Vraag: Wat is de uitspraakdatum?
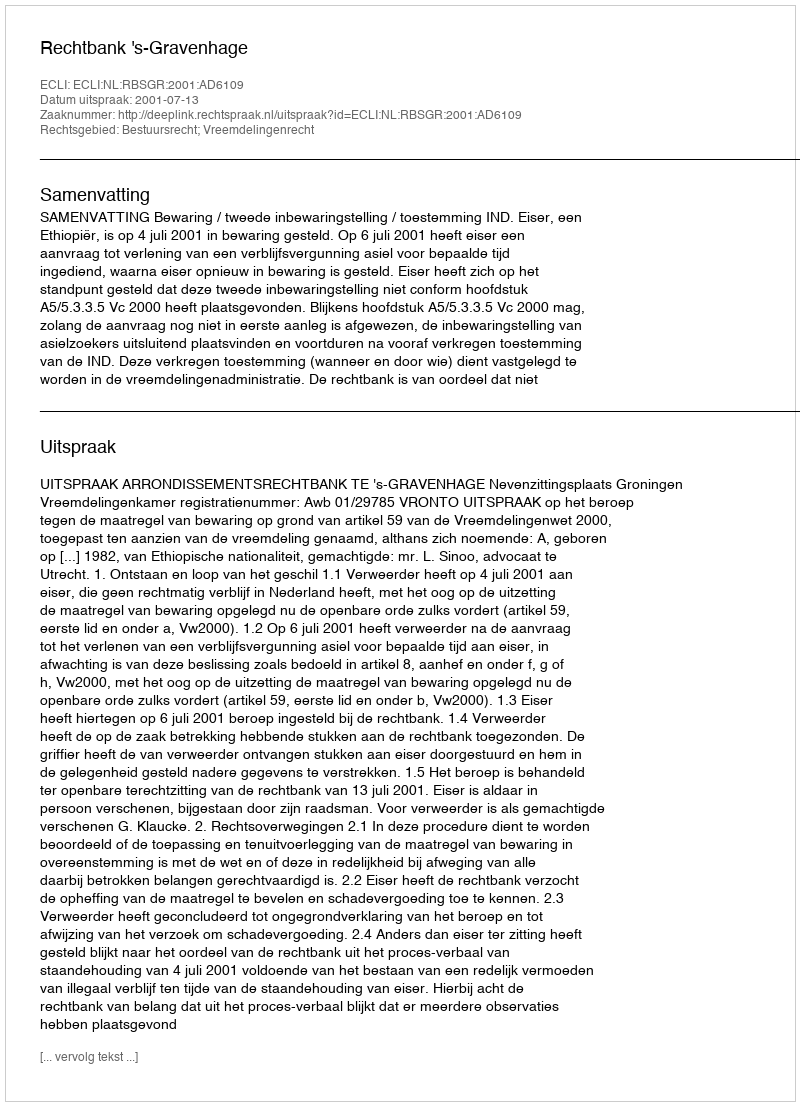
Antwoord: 2001-07-13